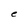
Character: e